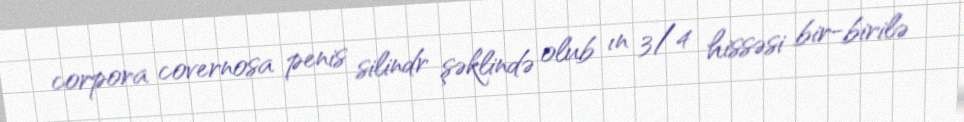
corpora covernosa penis silindr şəklində olub ın 3/4 hissəsi bir-birilə